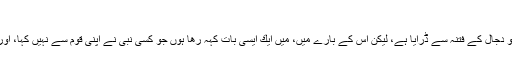
(وھی مآخذ)
ھر نبی نے اپنی قوم كو دجال كے فتنہ سے ڈرایا ہے، لیكن اس كے بارے میں، میں ایك ایسی بات كہہ رھا ہوں جو كسی نبی نے اپنی قوم سے نہیں كہا، اور وہ یہ كہ وہ كانا ہے۔